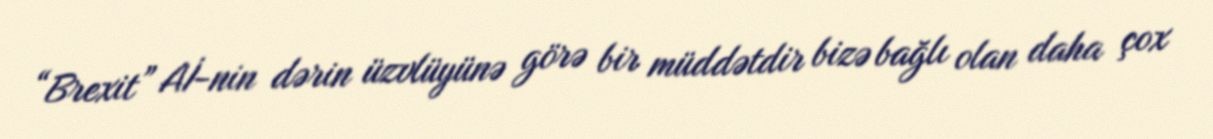
“Brexit” Aİ-nin dərin üzvlüyünə görə bir müddətdir bizə bağlı olan daha çox